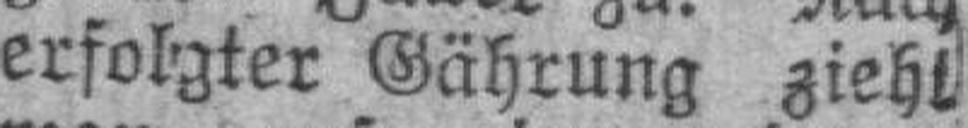
erfolgter Gährung ziehl